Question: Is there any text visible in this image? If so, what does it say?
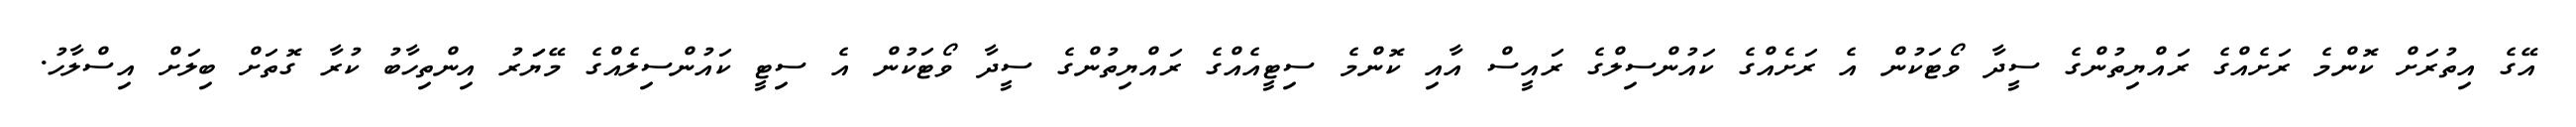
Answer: އޭގެ އިތުރަށް ކޮންމެ ރަށެއްގެ ރައްޔިތުންގެ ސީދާ ވޯޓަކުން އެ ރަށެއްގެ ކައުންސިލްގެ ރައީސް އާއި ކޮންމެ ސިޓީއެއްގެ ރައްޔިތުންގެ ސީދާ ވޯޓަކުން އެ ސިޓީ ކައުންސިލެއްގެ މޭޔަަރު އިންތިހާބު ކުރާ ގޮތަށް ބިލަށް އިސްލާހު.